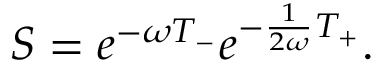
S = e ^ { - \omega T _ { - } } e ^ { - \frac { 1 } { 2 \omega } T _ { + } } .